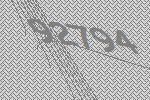
92794